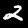
Digit: 2